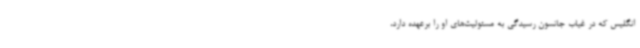
انگلیس که در غیاب جانسون رسیدگی به مسئولیت‌های او را برعهده دارد،